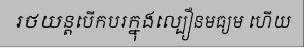
រថយន្តបើកបរក្នុងល្បឿនមធ្យម ហើយ